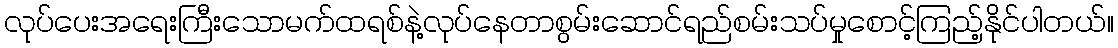
လုပ်ပေးအရေးကြီးသောမက်ထရစ်နဲ့လုပ်နေတာစွမ်းဆောင်ရည်စမ်းသပ်မှုစောင့်ကြည့်နိုင်ပါတယ်။